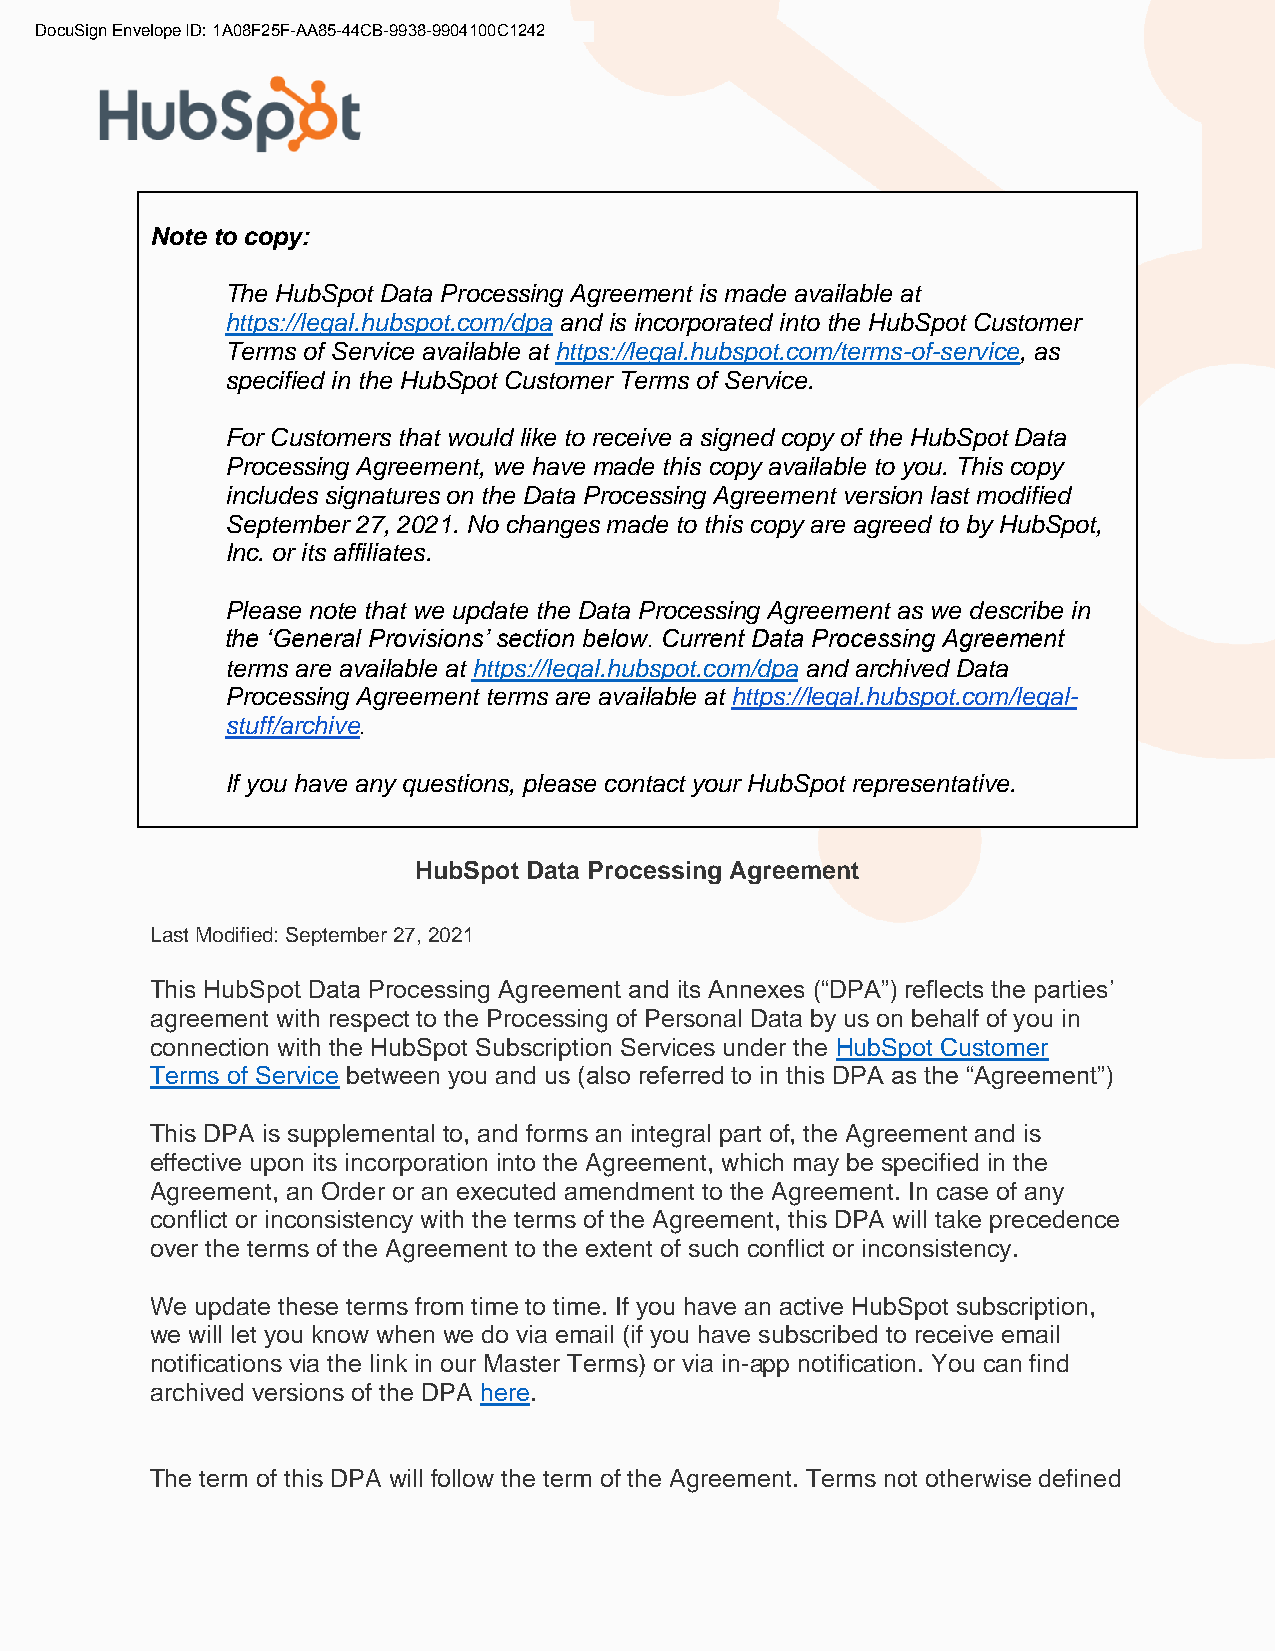
DocuSign Envelope ID: 1A08F25F-AA85-44CB-9938-9904100C1242
 Note to copy:
 The HubSpot Data Processing Agreement is made available at
 https://legal.hubspot.com/dpa and is incorporated into the HubSpot Customer
 Terms of Service available at https://legal.hubspot.com/terms-of-service, as
 specified in the HubSpot Customer Terms of Service.
 For Customers that would like to receive a signed copy of the HubSpot Data
 Processing Agreement, we have made this copy available to you. This copy
 includes signatures on the Data Processing Agreement version last modified
 September 27, 2021. No changes made to this copy are agreed to by HubSpot,
 Inc. or its affiliates.
 Please note that we update the Data Processing Agreement as we describe in
 the ‘General Provisions’ section below. Current Data Processing Agreement
 terms are available at https://legal.hubspot.com/dpa and archived Data
 Processing Agreement terms are available at https://legal.hubspot.com/legal-
 stuff/archive.
 If you have any questions, please contact your HubSpot representative.
 HubSpot Data Processing Agreement
 Last Modified: September 27, 2021
 This HubSpot Data Processing Agreement and its Annexes (“DPA”) reflects the parties’
 agreement with respect to the Processing of Personal Data by us on behalf of you in
 connection with the HubSpot Subscription Services under the HubSpot Customer
 Terms of Service between you and us (also referred to in this DPA as the “Agreement”)
 This DPA is supplemental to, and forms an integral part of, the Agreement and is
 effective upon its incorporation into the Agreement, which may be specified in the
 Agreement, an Order or an executed amendment to the Agreement. In case of any
 conflict or inconsistency with the terms of the Agreement, this DPA will take precedence
 over the terms of the Agreement to the extent of such conflict or inconsistency.
 We update these terms from time to time. If you have an active HubSpot subscription,
 we will let you know when we do via email (if you have subscribed to receive email
 notifications via the link in our Master Terms) or via in-app notification. You can find
 archived versions of the DPA here.
 The term of this DPA will follow the term of the Agreement. Terms not otherwise defined